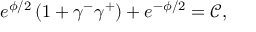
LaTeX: e ^ { \phi / 2 } \left( 1 + \gamma ^ { - } \gamma ^ { + } \right) + e ^ { - \phi / 2 } = \mathcal { C } ,